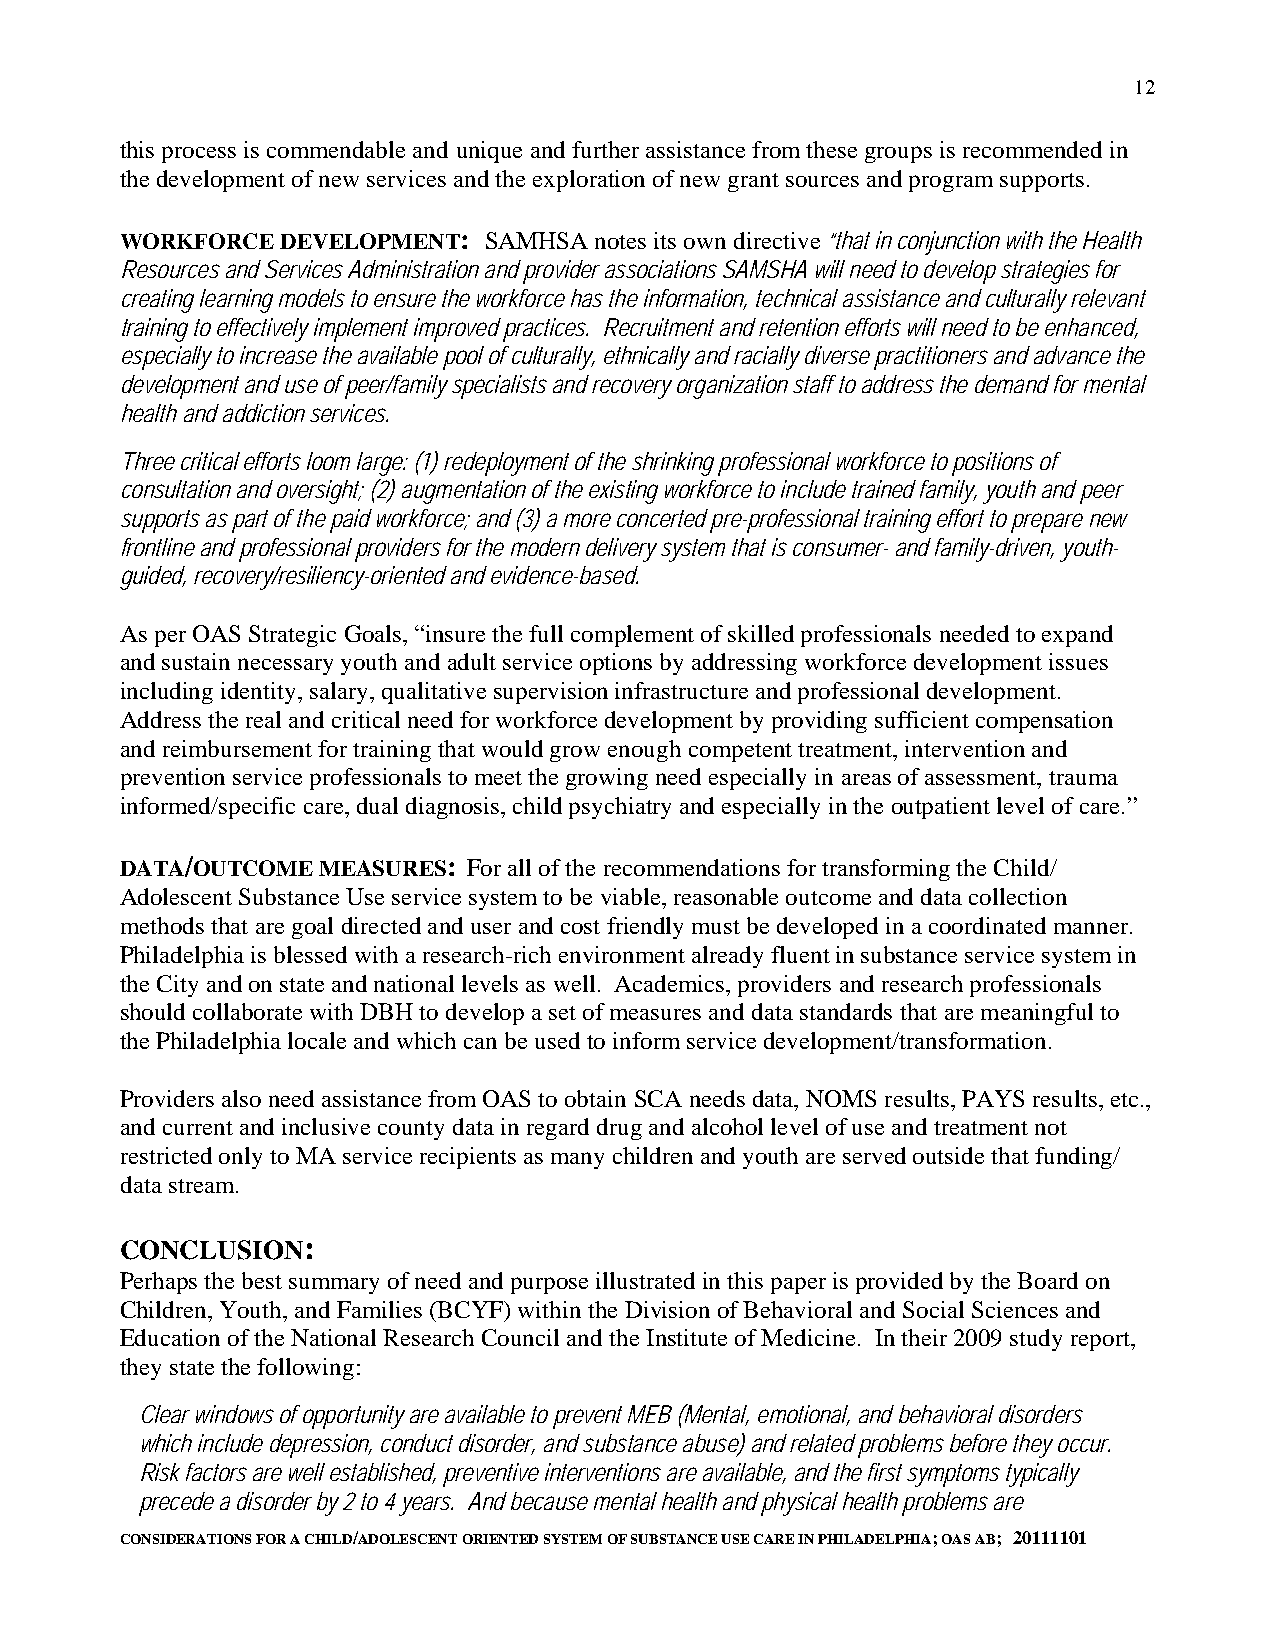
12
 this process is commendable and unique and further assistance from these groups is recommended in
 the development of new services and the exploration of new grant sources and program supports.
 WORKFORCE  DEVELOPMENT: SAMHSA notes its own directive “that in conjunction with the Health
 Resources and Services Administration and provider associations SAMSHA will need to develop strategies for
 creating learning models to ensure the workforce has the information, technical assistance and culturally relevant
 training to effectively implement improved practices. Recruitment and retention efforts will need to be enhanced,
 especially to increase the available pool of culturally, ethnically and racially diverse practitioners and advance the
 development and use of peer/family specialists and recovery organization staff to address the demand for mental
 health and addiction services.
 Three critical efforts loom large: (1) redeployment of the shrinking professional workforce to positions of
 consultation and oversight; (2) augmentation of the existing workforce to include trained family, youth and peer
 supports as part of the paid workforce; and (3) a more concerted pre-professional training effort to prepare new
 frontline and professional providers for the modern delivery system that is consumer- and family-driven, youth-
 guided, recovery/resiliency-oriented and evidence-based.
 As per OAS Strategic Goals, “insure the full complement of skilled professionals needed to expand
 and sustain necessary youth and adult service options by addressing workforce development issues
 including identity, salary, qualitative supervision infrastructure and professional development.
 Address the real and critical need for workforce development by providing sufficient compensation
 and reimbursement for training that would grow enough competent treatment, intervention and
 prevention service professionals to meet the growing need especially in areas of assessment, trauma
 informed/specific care, dual diagnosis, child psychiatry and especially in the outpatient level of care.”
 DATA/OUTCOME MEASURES: For all of the recommendations for transforming the Child/
 Adolescent Substance Use service system to be viable, reasonable outcome and data collection
 methods that are goal directed and user and cost friendly must be developed in a coordinated manner.
 Philadelphia is blessed with a research-rich environment already fluent in substance service system in
 the City and on state and national levels as well. Academics, providers and research professionals
 should collaborate with DBH to develop a set of measures and data standards that are meaningful to
 the Philadelphia locale and which can be used to inform service development/transformation.
 Providers also need assistance from OAS to obtain SCA needs data, NOMS results, PAYS results, etc.,
 and current and inclusive county data in regard drug and alcohol level of use and treatment not
 restricted only to MA service recipients as many children and youth are served outside that funding/
 data stream.
 CONCLUSION:
 Perhaps the best summary of need and purpose illustrated in this paper is provided by the Board on
 Children, Youth, and Families (BCYF) within the Division of Behavioral and Social Sciences and
 Education of the National Research Council and the Institute of Medicine. In their 2009 study report,
 they state the following:
 Clear windows of opportunity are available to prevent MEB (Mental, emotional, and behavioral disorders
 which include depression, conduct disorder, and substance abuse) and related problems before they occur.
 Risk factors are well established, preventive interventions are available, and the first symptoms typically
 precede a disorder by 2 to 4 years. And because mental health and physical health problems are
 CONSIDERATIONS FOR A CHILD/ADOLESCENT ORIENTED SYSTEM OF SUBSTANCE USE CARE IN PHILADELPHIA; OAS AB; 20111101